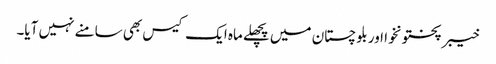
خیبر پختونخوا اور بلوچستان میں پچھلے ماہ ایک کیس بھی سامنے نہیں آیا۔